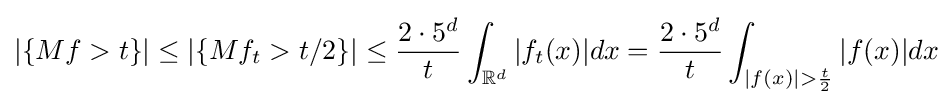
|\{Mf>t\}|\leq |\{Mf_{t}>t/2\}|\leq {\frac {2\cdot 5^{d}}{t}}\int _{\mathbb {R} ^{d}}|f_{t}(x)|dx={\frac {2\cdot 5^{d}}{t}}\int _{|f(x)|>{\frac {t}{2}}}|f(x)|dx